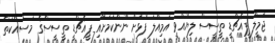
ޖަމީލް ޕީއެޗްޑީ ތީސީސް ލިޔުއްވީ އަމިއްލަ ފުޅަށް ނޫންކަމަށާއި ޕީއެޗްޑީ ތީސީސްގެ މަސައްކަތް